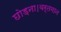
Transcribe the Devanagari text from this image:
छोड़ना।वर्तमान